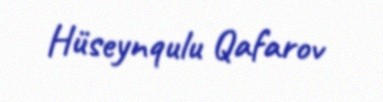
Hüseynqulu Qafarov